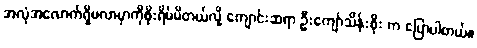
အလုံအလောက်ရှိမလာမှာကိုစိုးရိမ်မိတယ်လို့ ကျောင်းဆရာ ဦးကျော်သိန်းစိုး က ပြောပါတယ်။